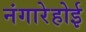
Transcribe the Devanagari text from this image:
नंगारेहोई